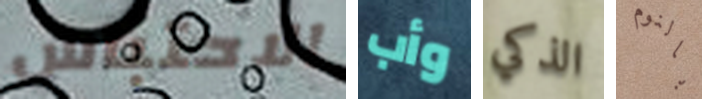
الاحتباس وأب الذكي بالنوم